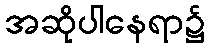
အဆိုပါနေရာ၌